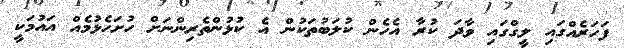
ފަހަރެއްގައި ލީގްގައި ވާދަ ކުރާ އެހެން ކުލަބުތަކުން އެ ކުޅުންތެރިންނަށް ހުށަހެޅުމެއް އައުމަކީ